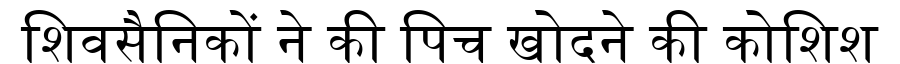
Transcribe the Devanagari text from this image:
शिवसैनिकों ने की पिच खोदने की कोशिश